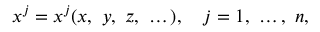
x ^ { j } = x ^ { j } ( x , \ y , \ z , \ \dots ) , \quad j = 1 , \ \dots , \ n ,